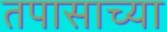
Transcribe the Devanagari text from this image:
तपासाच्या